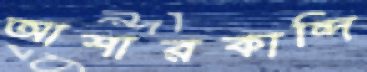
আশারকান্দি